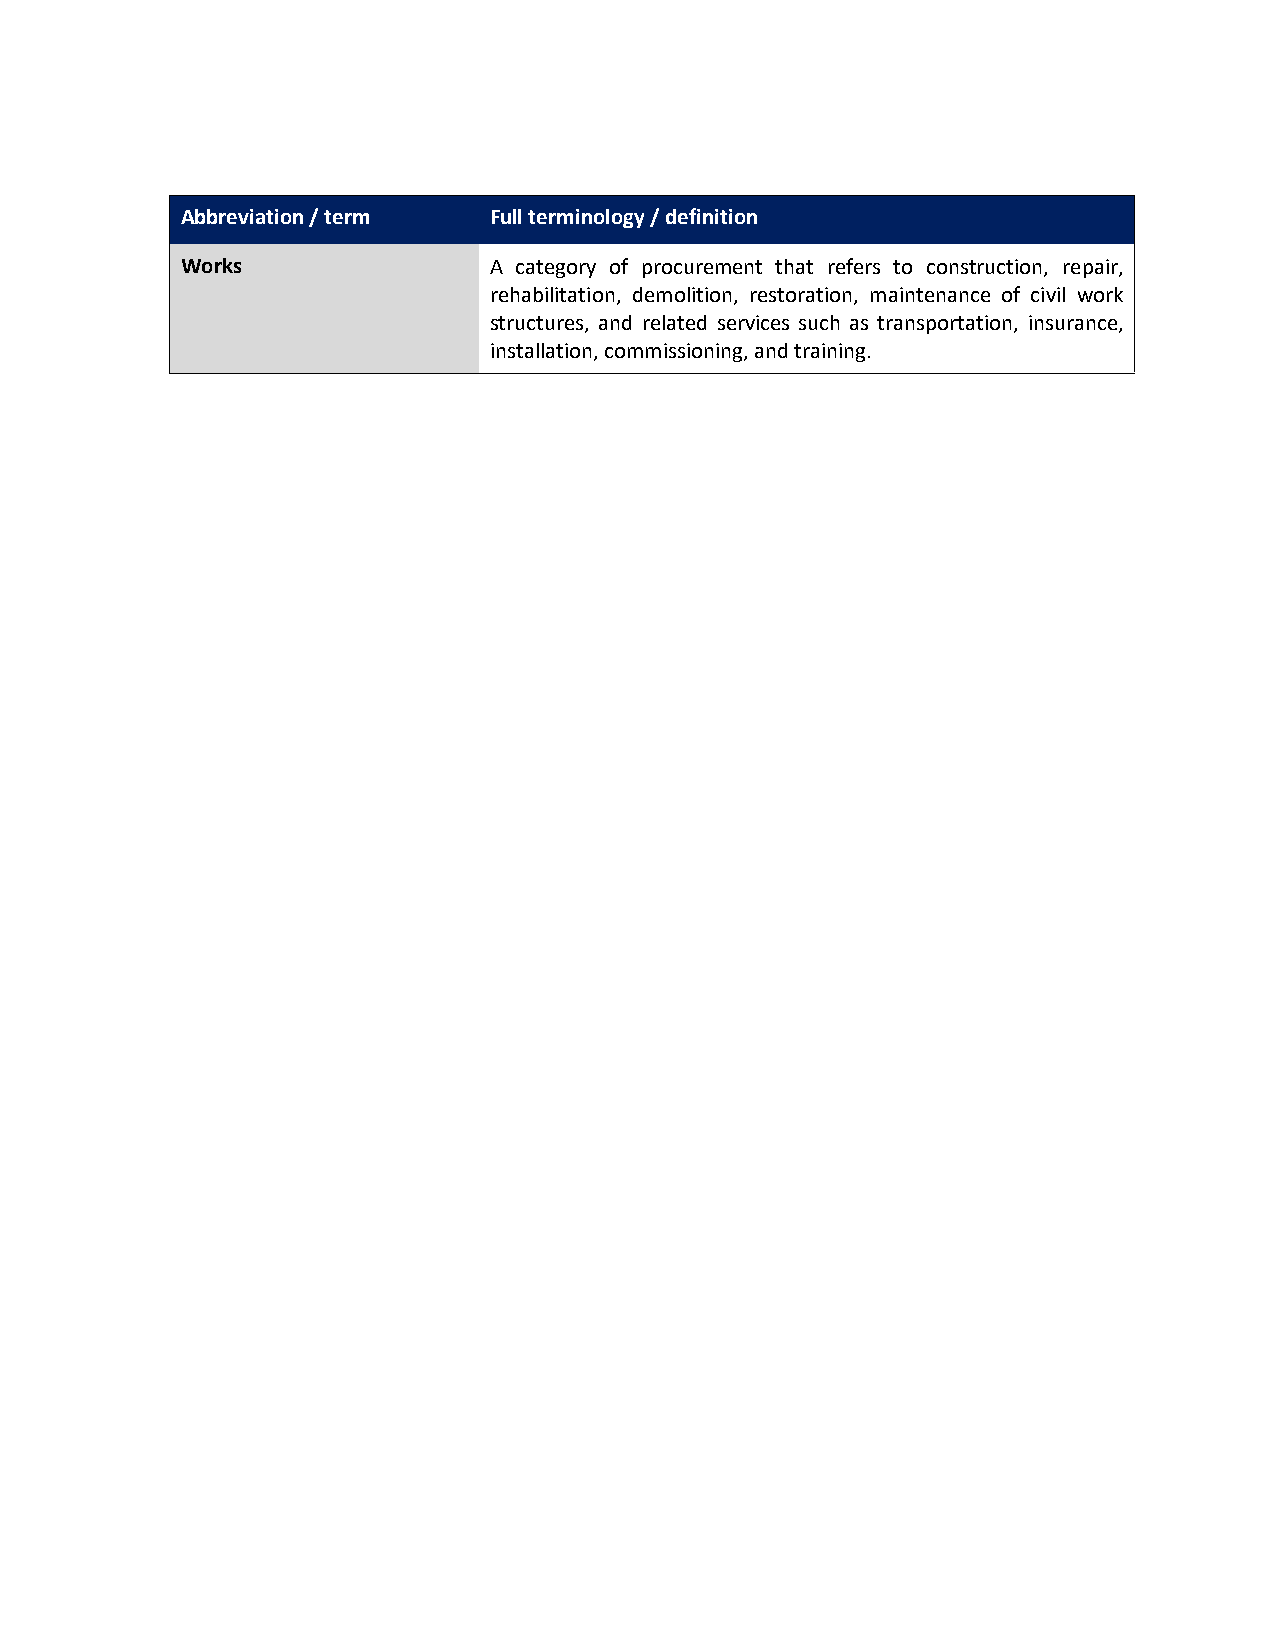
Abbreviation / term Full terminology / definition
 Works               A category of procurement that refers to construction, repair,
 rehabilitation, demolition, restoration, maintenance of civil work
 structures, and related services such as transportation, insurance,
 installation, commissioning, and training.